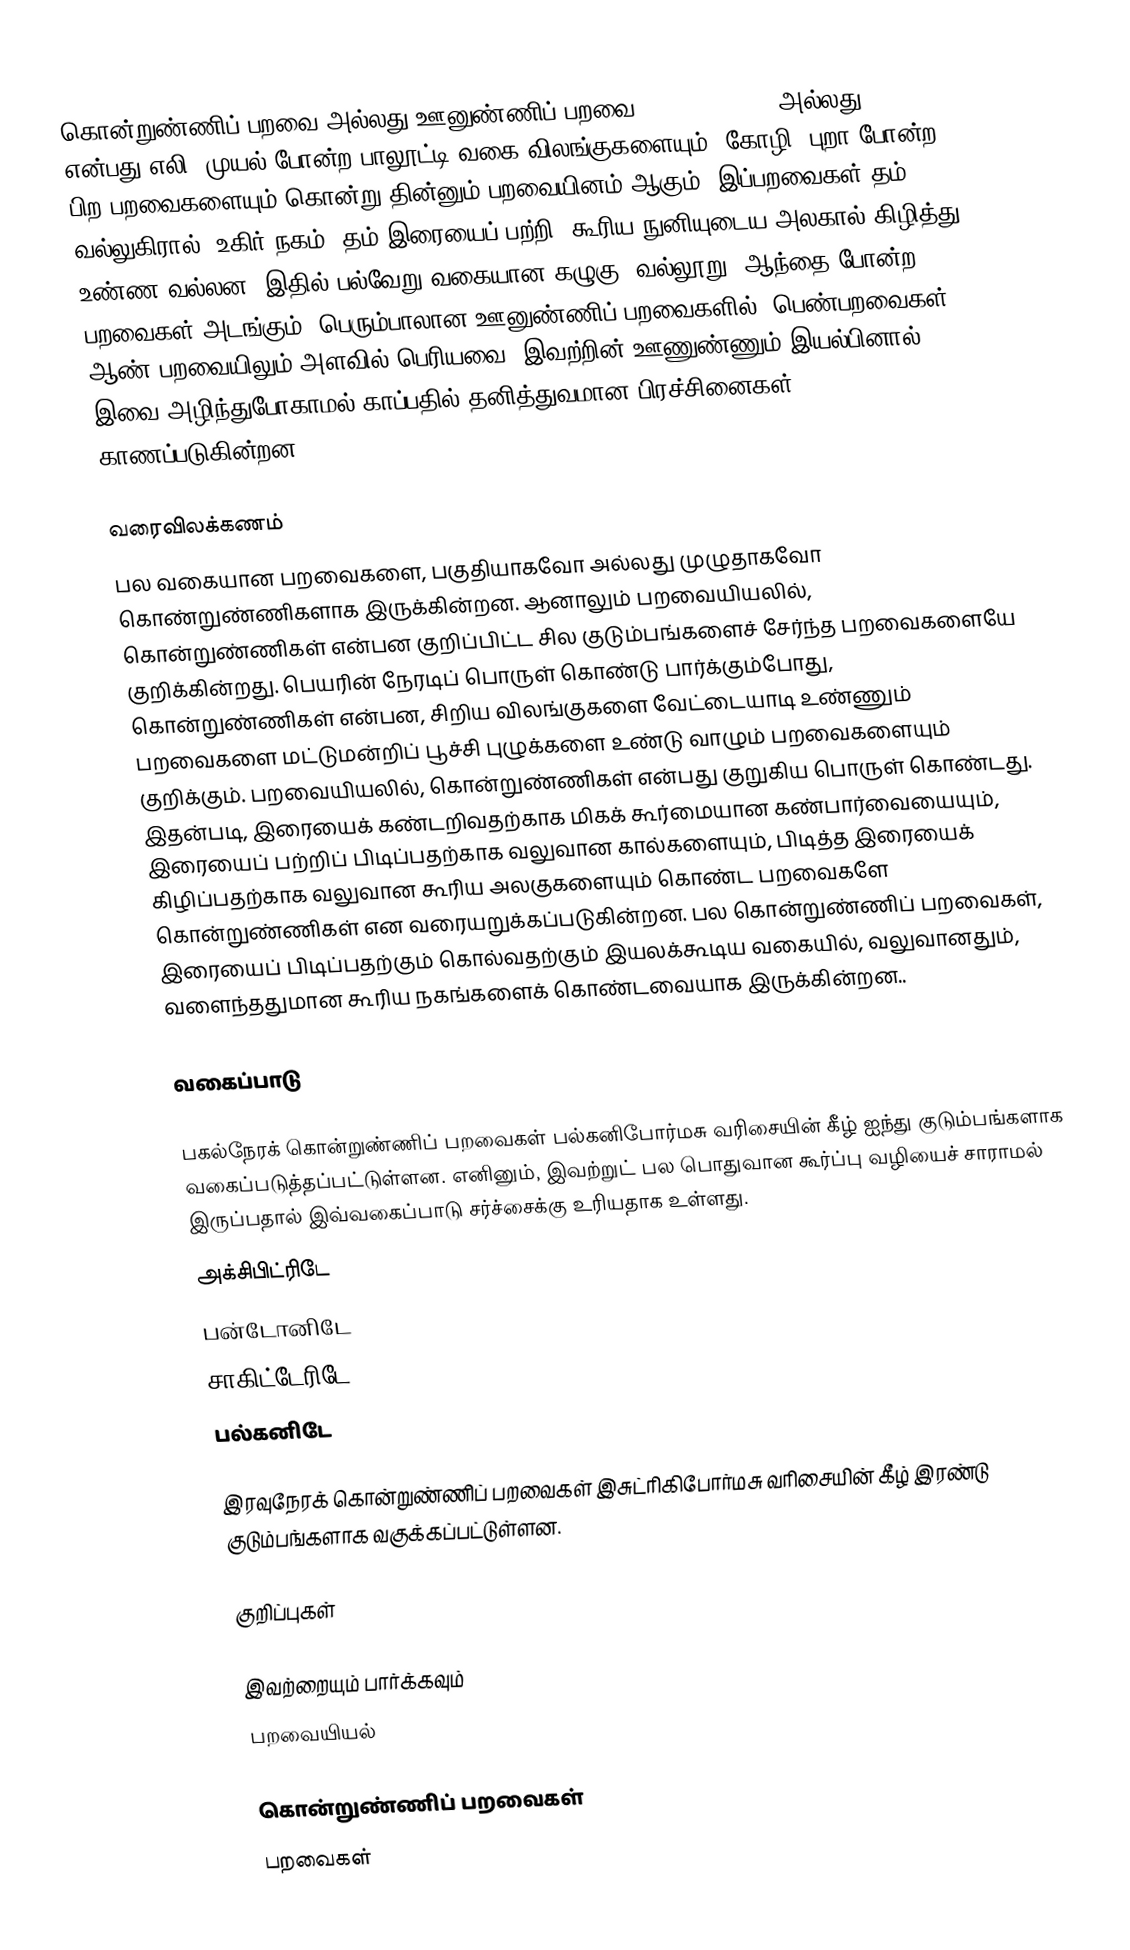
கொன்றுண்ணிப் பறவை அல்லது ஊனுண்ணிப் பறவை (birds of prey அல்லது raptors) என்பது எலி, முயல் போன்ற பாலூட்டி வகை விலங்குகளையும், கோழி, புறா போன்ற பிற பறவைகளையும் கொன்று தின்னும் பறவையினம் ஆகும். இப்பறவைகள் தம் வல்லுகிரால் (உகிர்=நகம்) தம் இரையைப் பற்றி, கூரிய நுனியுடைய அலகால் கிழித்து உண்ண வல்லன. இதில் பல்வேறு வகையான கழுகு, வல்லூறு, ஆந்தை போன்ற பறவைகள் அடங்கும். பெரும்பாலான ஊனுண்ணிப் பறவைகளில், பெண்பறவைகள் ஆண் பறவையிலும் அளவில் பெரியவை. இவற்றின் ஊணுண்ணும் இயல்பினால், இவை அழிந்துபோகாமல் காப்பதில் தனித்துவமான பிரச்சினைகள் காணப்படுகின்றன.

வரைவிலக்கணம்
பல வகையான பறவைகளை, பகுதியாகவோ அல்லது முழுதாகவோ கொண்றுண்ணிகளாக இருக்கின்றன. ஆனாலும் பறவையியலில், கொன்றுண்ணிகள் என்பன குறிப்பிட்ட சில குடும்பங்களைச் சேர்ந்த பறவைகளையே குறிக்கின்றது. பெயரின் நேரடிப் பொருள் கொண்டு பார்க்கும்போது, கொன்றுண்ணிகள் என்பன, சிறிய விலங்குகளை வேட்டையாடி உண்ணும் பறவைகளை மட்டுமன்றிப் பூச்சி புழுக்களை உண்டு வாழும் பறவைகளையும் குறிக்கும். பறவையியலில், கொன்றுண்ணிகள் என்பது குறுகிய பொருள் கொண்டது. இதன்படி, இரையைக் கண்டறிவதற்காக மிகக் கூர்மையான கண்பார்வையையும், இரையைப் பற்றிப் பிடிப்பதற்காக வலுவான கால்களையும், பிடித்த இரையைக் கிழிப்பதற்காக வலுவான கூரிய அலகுகளையும் கொண்ட பறவைகளே கொன்றுண்ணிகள் என வரையறுக்கப்படுகின்றன. பல கொன்றுண்ணிப் பறவைகள், இரையைப் பிடிப்பதற்கும் கொல்வதற்கும் இயலக்கூடிய வகையில், வலுவானதும், வளைந்ததுமான கூரிய நகங்களைக் கொண்டவையாக இருக்கின்றன..

வகைப்பாடு

பகல்நேரக் கொன்றுண்ணிப் பறவைகள் பல்கனிபோர்மசு வரிசையின் கீழ் ஐந்து குடும்பங்களாக வகைப்படுத்தப்பட்டுள்ளன. எனினும், இவற்றுட் பல பொதுவான கூர்ப்பு வழியைச் சாராமல் இருப்பதால் இவ்வகைப்பாடு சர்ச்சைக்கு உரியதாக உள்ளது.
 அக்சிபிட்ரிடே
 பன்டோனிடே
 சாகிட்டேரிடே
 பல்கனிடே

இரவுநேரக் கொன்றுண்ணிப் பறவைகள் இசுட்ரிகிபோர்மசு வரிசையின் கீழ் இரண்டு குடும்பங்களாக வகுக்கப்பட்டுள்ளன.

குறிப்புகள்

இவற்றையும் பார்க்கவும்
 பறவையியல்

கொன்றுண்ணிப் பறவைகள்
பறவைகள்